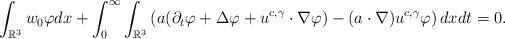
LaTeX: \begin{align*}\int_{\mathbb{R}^{3}}w_{0}\varphi dx+\int^{\infty}_{0}\int_{\mathbb{R}^{3}}\left(a(\partial_{t}\varphi+\Delta\varphi+u^{c,\gamma}\cdot\nabla\varphi)-(a\cdot\nabla)u^{c,\gamma}\varphi\right)dxdt=0.\end{align*}